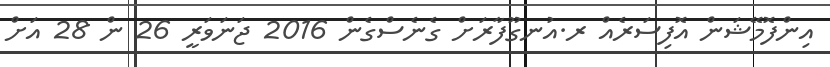
އިންފޮމޭޝަން އޮފިސަރެއް ރ.އުނގޫފާރަށް ގެނެސްގެން 2016 ޖަނަވަރީ 26 ން 28 އަށް